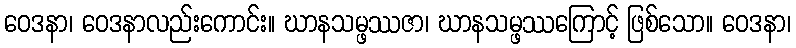
ဝေဒနာ၊ ဝေဒနာလည်းကောင်း။ ဃာနသမ္ဖဿဇာ၊ ဃာနသမ္ဖဿကြောင့် ဖြစ်သော။ ဝေဒနာ၊